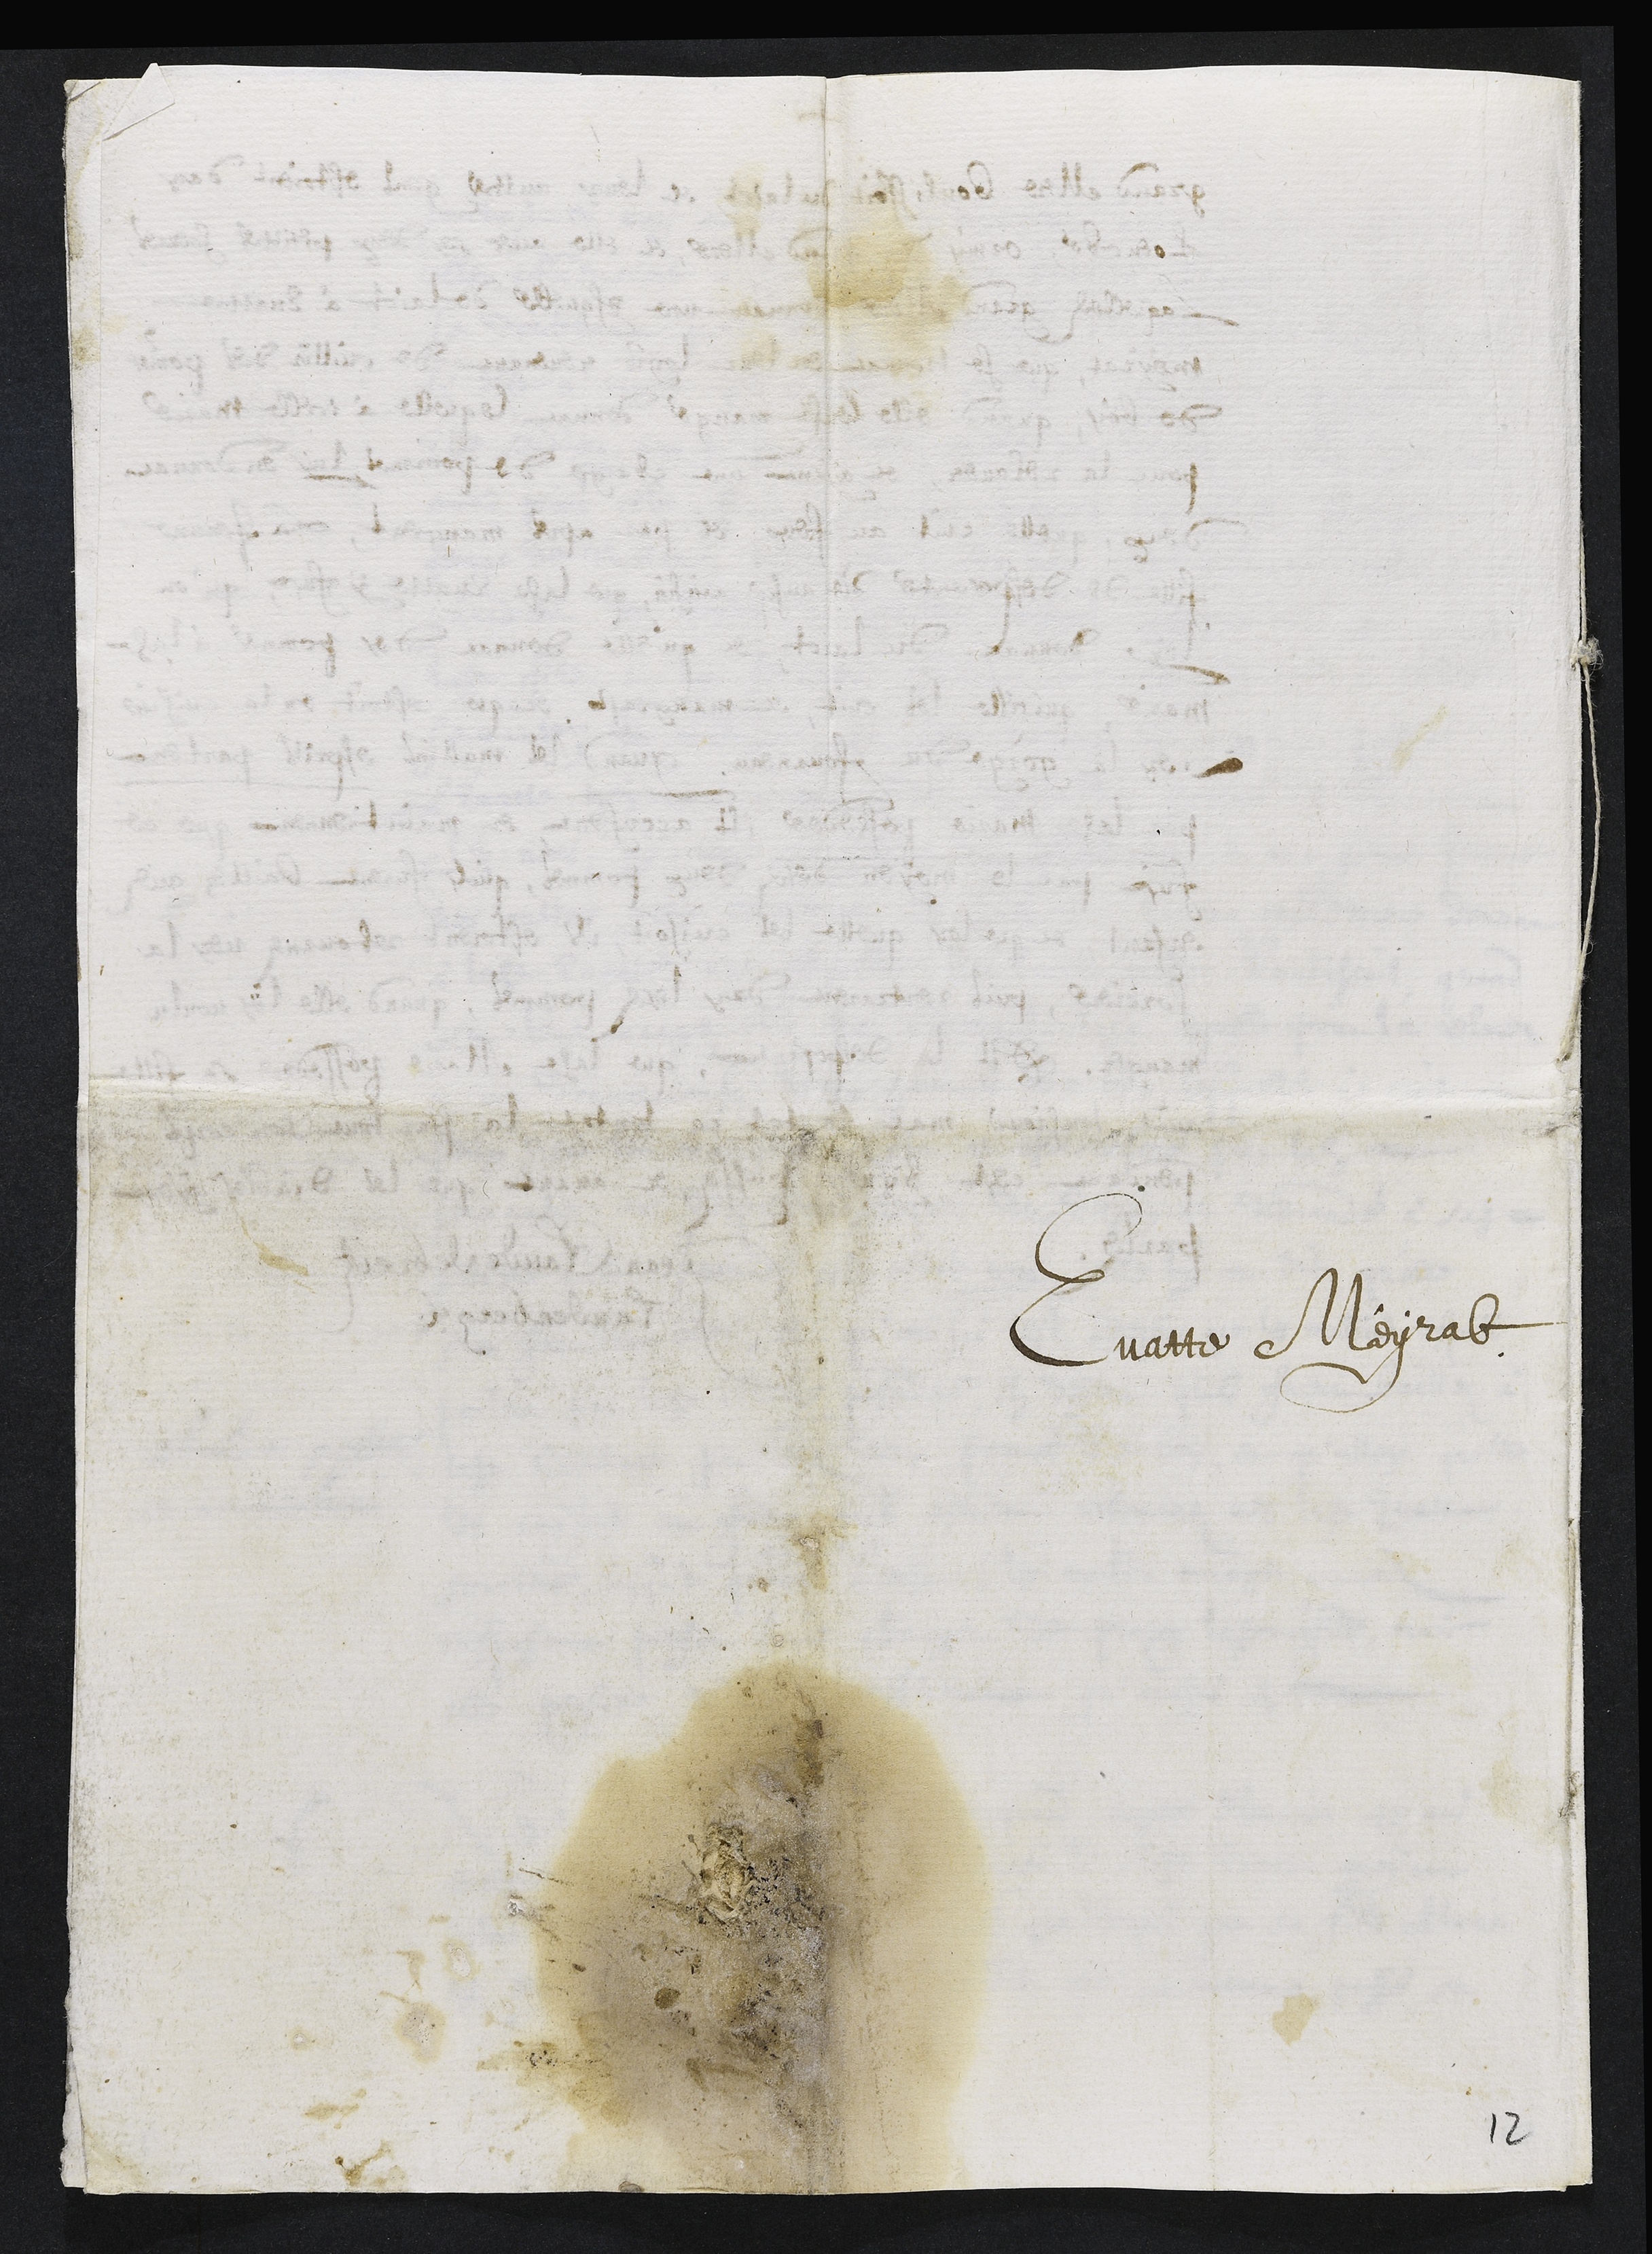
Evatte Meyrat
12